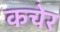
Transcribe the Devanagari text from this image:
कचेर